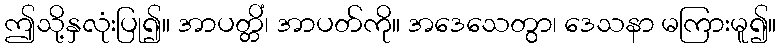
ဤသို့နှလုံးပြု၍။ အာပတ္တိံ၊ အာပတ်ကို။ အဒေသေတွာ၊ ဒေသနာ မကြားမူ၍။